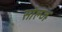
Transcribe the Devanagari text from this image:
सोल्ज